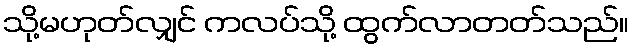
သို့မဟုတ်လျှင် ကလပ်သို့ ထွက်လာတတ်သည်။